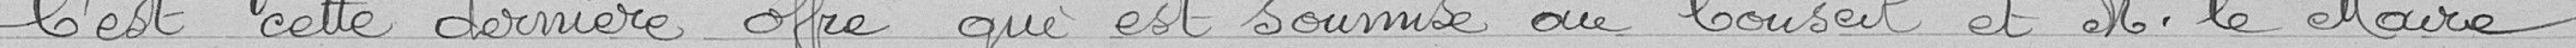
C'est cette dernière offre qui est soumise au conseil et M. le maire